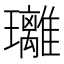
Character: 𤫚